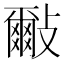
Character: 𣀑